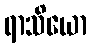
ရာသိယော